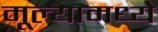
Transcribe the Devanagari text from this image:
मूल्यामध्ये